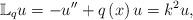
LaTeX: \begin{align*}\mathbb{L}_{q}u=-u^{\prime\prime}+q\left( x\right) u=k^{2}u,\end{align*}